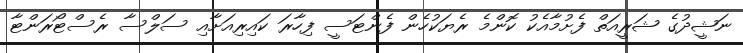
ނަޝީދުގެ ޝަރީއަތް ފެށުމާއެކު ކޮންމެ ރެޔަކުހެން ފެންޓަސީ ފިހާރަ ކައިރިއަށާއި ސަލްސާ ރެސްޓޯރަންޓާ